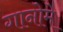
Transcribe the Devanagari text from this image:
गानोमे